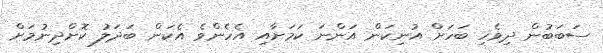
ސަބަބުން ދިވެހި ބަހަށް އުނިކަން އަންނަ ކަމަށާއި އެހެންވެ އެކަން ބަދަލު ކޮށްދިނުމަށް